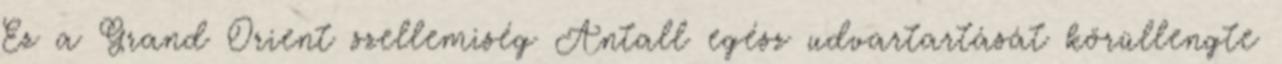
Ez a Grand Orient szellemiség Antall egész udvartartását körüllengte